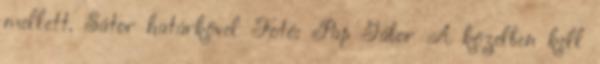
mellett. Sátor határkővel Fotó: Pap Gábor A közelben kell